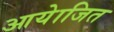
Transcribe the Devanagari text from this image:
आयेाजित